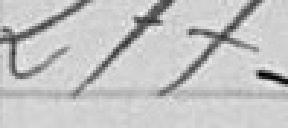
277